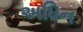
અધિન